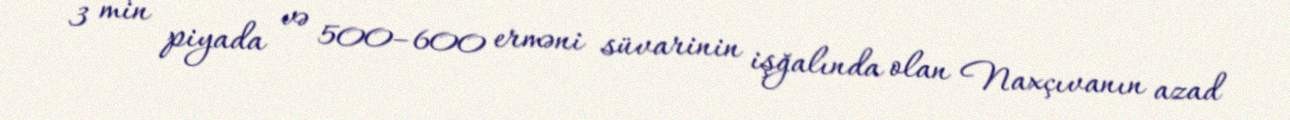
3 min piyada və 500–600 erməni süvarinin işğalında olan Naxçıvanın azad